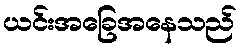
ယင်းအခြေအနေသည်